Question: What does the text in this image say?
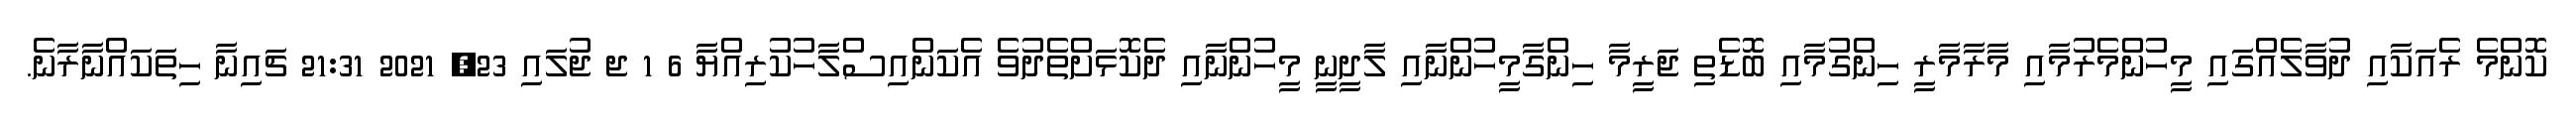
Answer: ކޮންމެ ރެއަކާއި ދުވާލެއްގައި މީހުންމެރުމާއި މާރާމާރީ ހިންގުމާއި ބޮޑެތި ޖަރީމާ ހިންގާމީހުންނާއި ލާދީނީ މީހުންނާއި ދެކޮޅަށްތެދުވެ އެކަންއިސްލާހުކުރިއްޔާ 6 1 ޖ ޖުލައި 23, 2021 21:31 ޗައިނާ ހިތަކައްނާރާނެ.